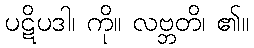
ပဋိပဒါ၊ ကို။ လဗ္ဘတိ၊ ၏။